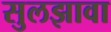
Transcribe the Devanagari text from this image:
सुलझावा